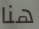
هنا